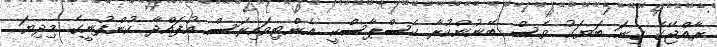
ރާއްޖޭގެ ގިނަ ބަޔަކު ވެސް ބޭނުންކުރާ ކެސްޕާސްކީ އެންޓިވައިރަސް އުފައްދާ ކުންފުނީގެ މިދިޔަ